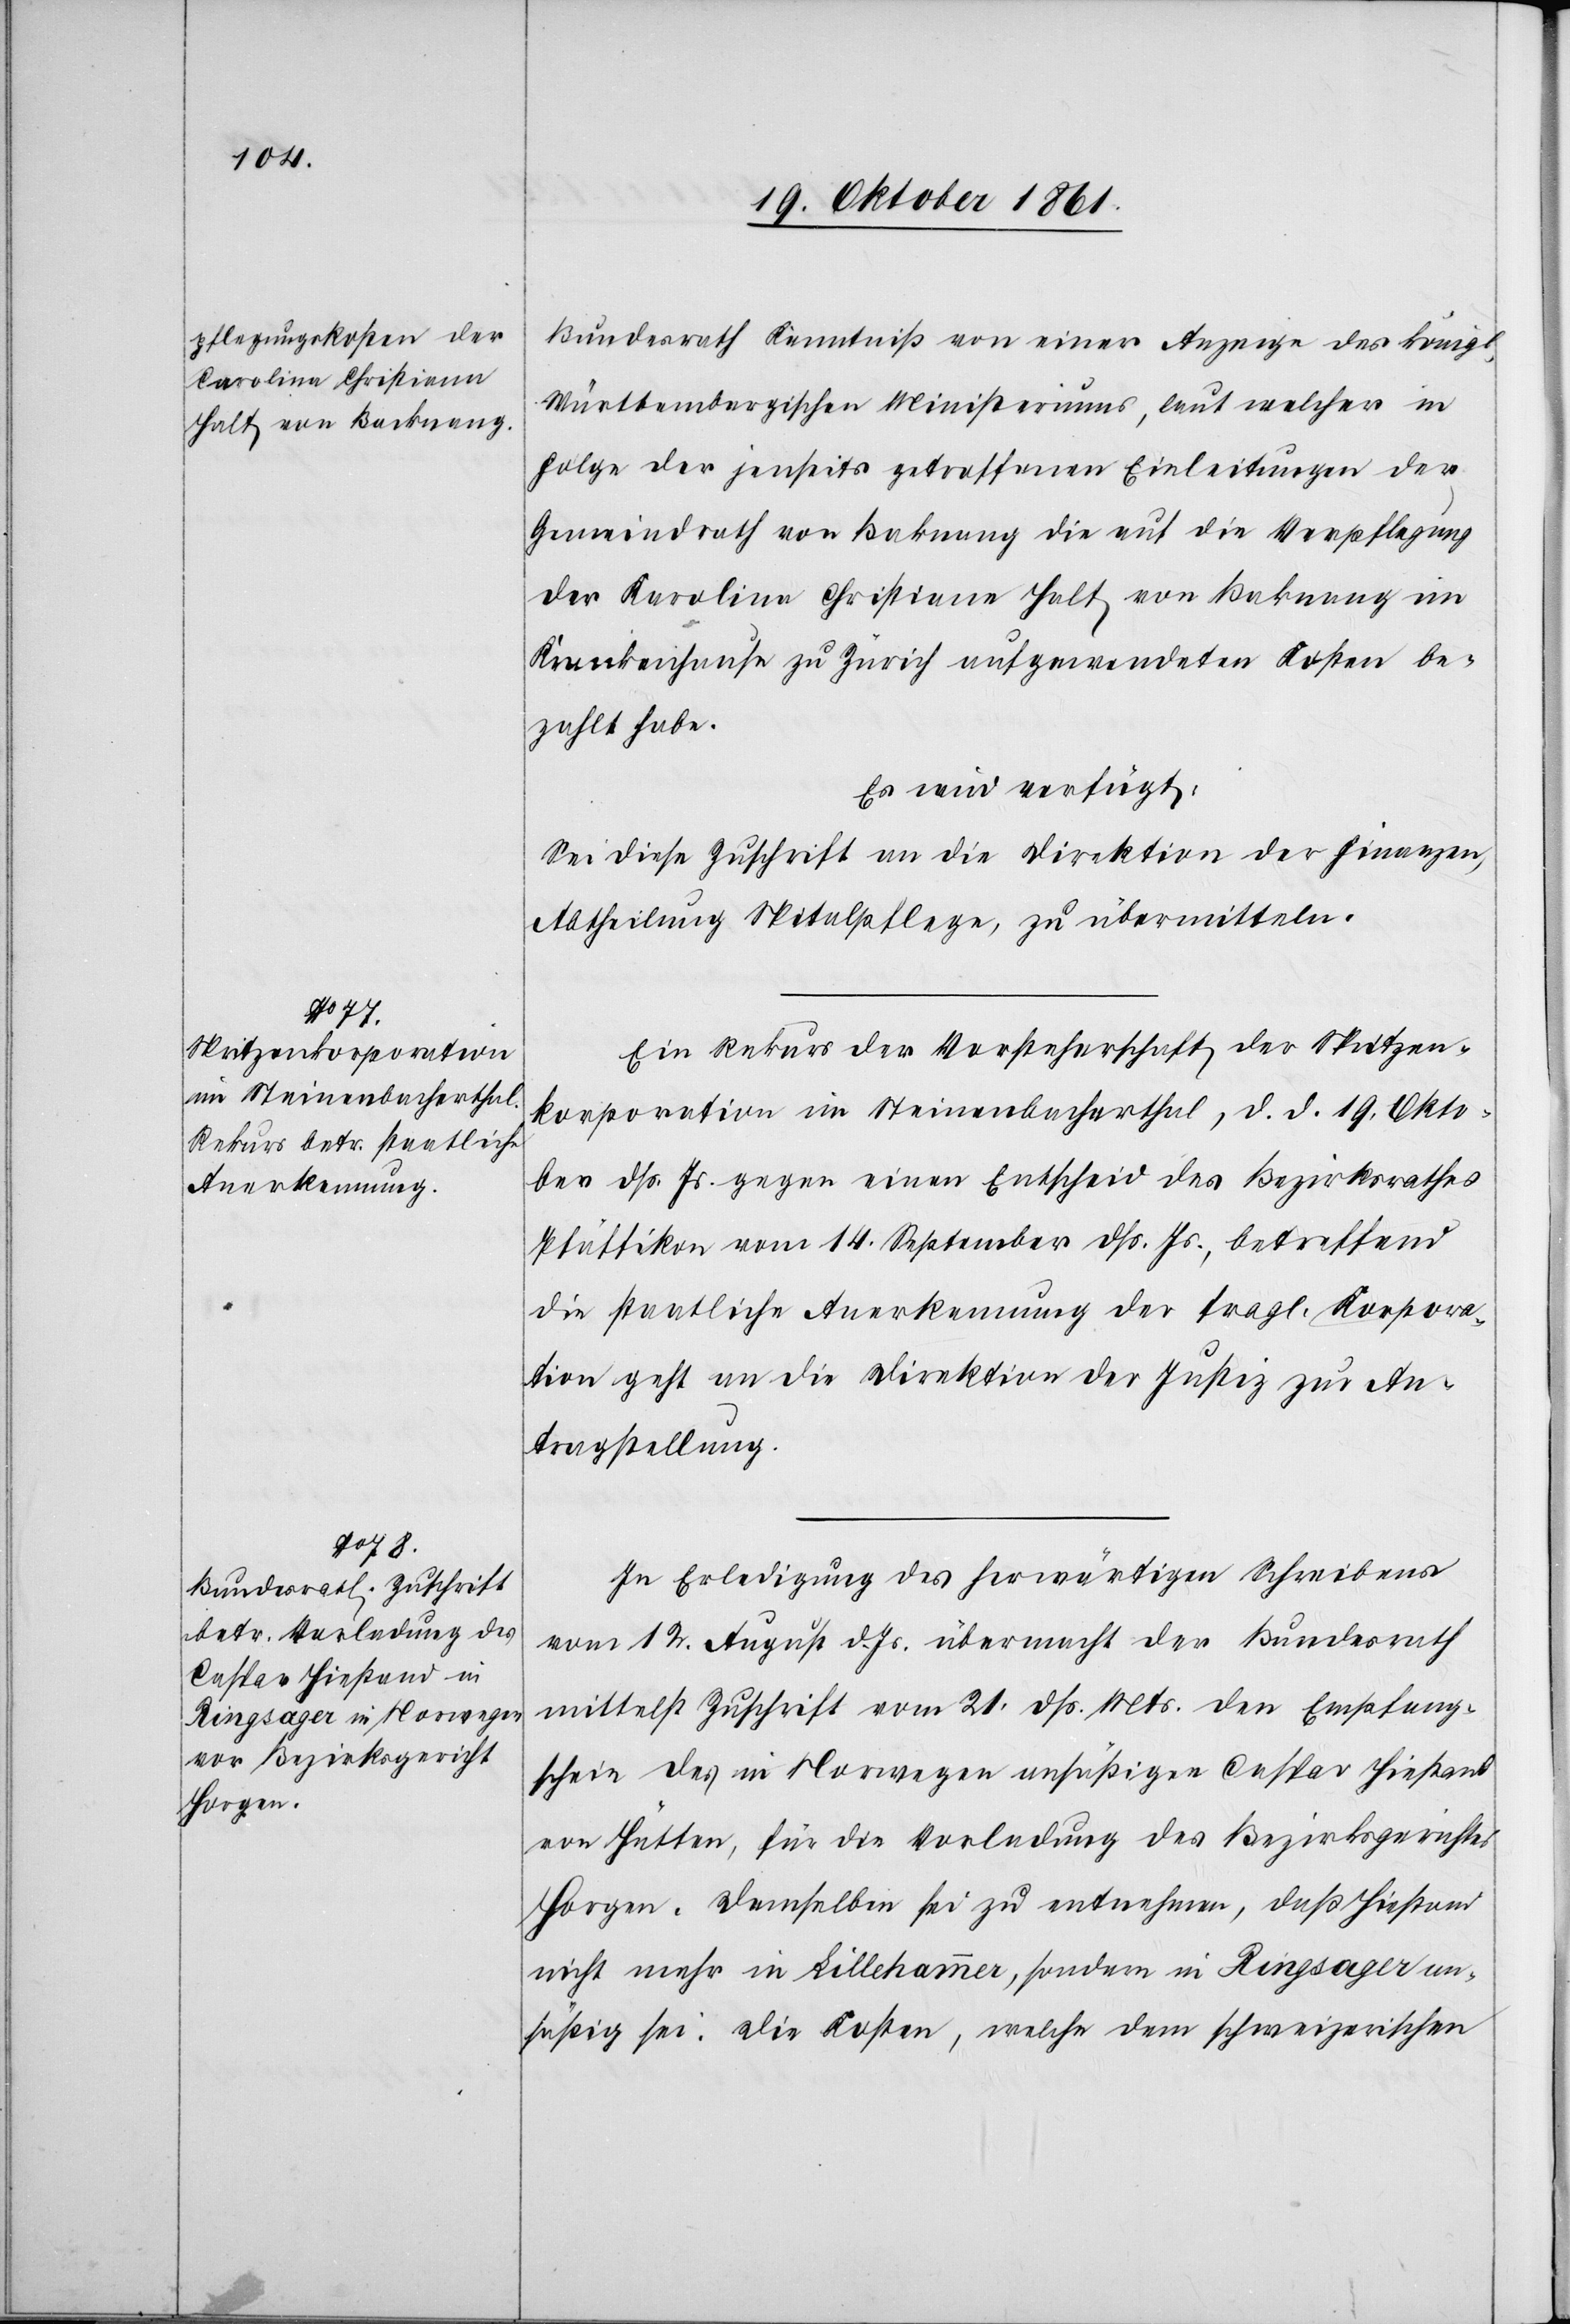
22 Oktober 1861.]
Bundesrath Kenntniß von einer Anzeige des W¬
ürttembergischen Ministeriums, laut welcher in
Folge der jenseits getroffenen Einleitungen der
Gemeindrath von Baknang die auf die Verpflegung
der Karolina Christiane Halt von Baknang im
Krankenhause zu Zürich aufgewendeten Kosten be¬
zahlt habe.
Es wird verfügt:
Sei diese Zuschrift an die Direktion der Finanzen,
Abtheilung Spitalpflege, zu übermitteln.
Ein Rekurs der Vorsteherschaft der Spritzen¬
korporation im Steinenbacherthal, d. d. 19 Okto¬
ber dß Js. gegen einen Entscheid des Bezirksrathes
Pfäffikon vom 14 September dß. Js., betreffend
die staatliche Anerkennung der fragl. Korpora¬
tion geht an die Direktion der Justiz zur An¬
tragstellung.
In Erledigung des herwärtigen Schreibens
vom 12 August d. Js. übermacht der Bundesrath
mittelst Zuschrift vom 21 dß. Mts. den Empfangs¬
schein des in Norwegen ansäßigen Caspar Hiestand
von Hütten, für die Vorladung des Bezirksgerichtes
Horgen. Demselben sei zu entnehmen, daß Hiestand
nicht mehr in Lillehammer, sondern in Ringsager an¬
säßig sei. Die Kosten, welche dem schweizerischen